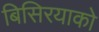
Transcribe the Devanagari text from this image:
बिसिरयाको